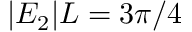
| E _ { 2 } | L = 3 \pi / 4